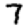
Digit: 7